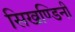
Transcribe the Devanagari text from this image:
सिखण्डिनी